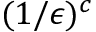
( 1 / \epsilon ) ^ { c }